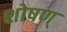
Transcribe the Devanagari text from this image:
शोषण्